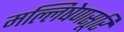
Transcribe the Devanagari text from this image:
मल्लिषेणसूरि